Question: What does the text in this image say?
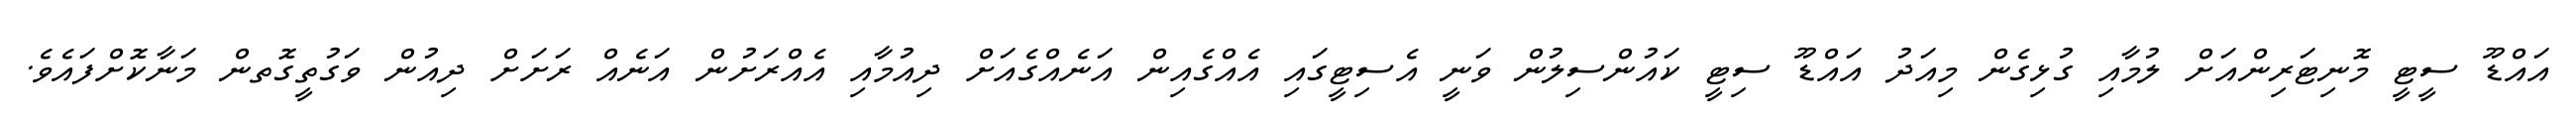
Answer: އައްޑޫ ސީޓީ މޮނިޓަރިންއަށް ލުމާއި ގުޅިގެން މިއަދު އައްޑޫ ސިޓީ ކައުންސިލުން ވަނީ އެސިޓީގައި އެއްގެއިން އަނެއްގެއަށް ދިއުމާއި އެއްރަށުން އަނެއް ރަށަށް ދިއުން ވަގުތީގޮތން މަނާކޮށްފައެވެ.